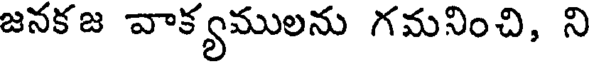
జనకజ వాక్యములను గమనించి, ని